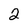
Character: 2